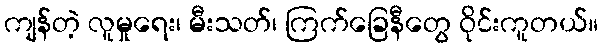
ကျန်တဲ့ လူမှုရေး၊ မီးသတ်၊ ကြက်ခြေနီတွေ ဝိုင်းကူတယ်။